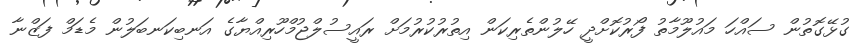
ގުޅޭގޮތުން ސައްހަ މައުލޫމާތު ފޯރުކޮށްދީ ހޭލުންތެރިކަން އިތުރުކުރުމަށް ރައީސުލްޖުމްހޫރިއްޔާގެ އަނބިކަނބަލުން މެޑަމް ފަޒްނާ